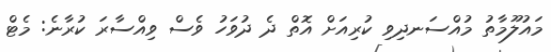
މައުލޫމާތު މުއްސަނދިވި ކުރިއަށް އޮތް ދެ ދުވަހު ވެސް ވިއްސާރަ ކުރާނެ: މެޓް